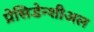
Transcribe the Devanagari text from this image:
प्रेसिडेन्शीअल